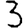
Digit: 3